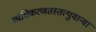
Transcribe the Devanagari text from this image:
व्यधिकरणतस्तत्पुमान्वा